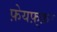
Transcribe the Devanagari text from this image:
फ़ेयफ़्फ़र